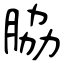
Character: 脇